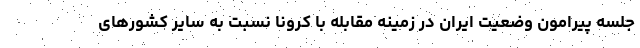
جلسه پیرامون وضعیت ایران در زمینه مقابله با کرونا نسبت به سایر کشورهای